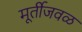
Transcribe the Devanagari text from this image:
मूर्तीजवळ